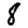
Digit: 8